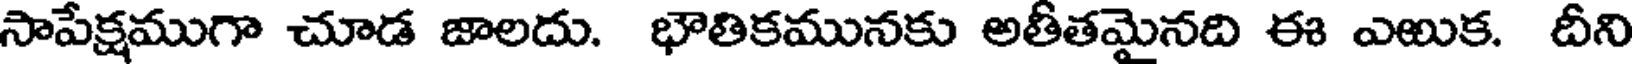
సాపేక్షముగా చూడ జాలదు. భౌతికమునకు అతీతమైనది ఈ ఎఱుక. దీని